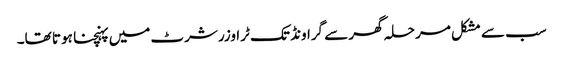
سب سے مشکل مرحلہ گھر سے گراونڈ تک ٹراوزر شرٹ میں پہنچنا ہو تا تھا۔